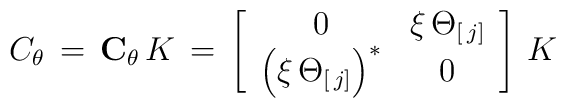
C_\theta\,=\,{\bf C}_\theta\,K\,=\,\left[\begin{array}{cc}0&\xi\,\Theta_{[\,j]}\\\left(\xi\,\Theta_{[\,j]}\right)^\ast&0\end{array}\right]\,K